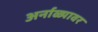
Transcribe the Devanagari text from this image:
अर्नाळ्यावर